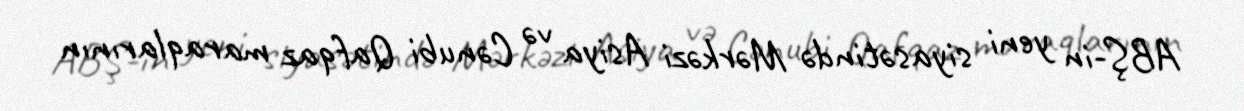
ABŞ-in yeni siyasətində Mərkəzi Asiya və Cənubi Qafqaz maraqlarının